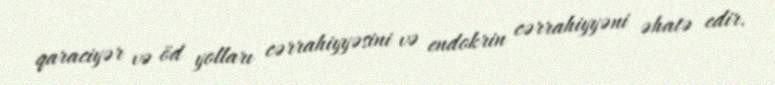
qaraciyər və öd yolları cərrahiyyəsini və endokrin cərrahiyyəni əhatə edir.